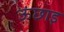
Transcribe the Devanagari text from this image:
ऊंछाइ